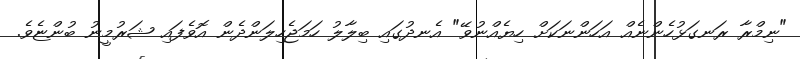
"ނިމްރާ ރަނގަޅުހެންނެއް އަހަންނަކަށް ހިޔެއްނުވޭ" އެނދުގައި ބިލާލު ހަމަޖެހިލަންދެން އޮވެފައި ޝަރުމީނު ބުންޏެވެ.